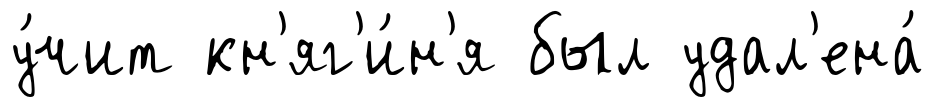
у́чит кн'яг'и́н'я был удал'ена́